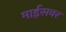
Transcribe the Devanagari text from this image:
माईसचर